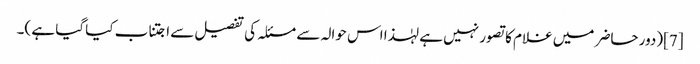
[7](دور حاضر میں غلام کا تصور نہیں ہے لہٰذا اس حوالہ سے مسئلہ کی تفصیل سے اجتناب کیا گیا ہے )۔